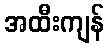
အထီးကျန်